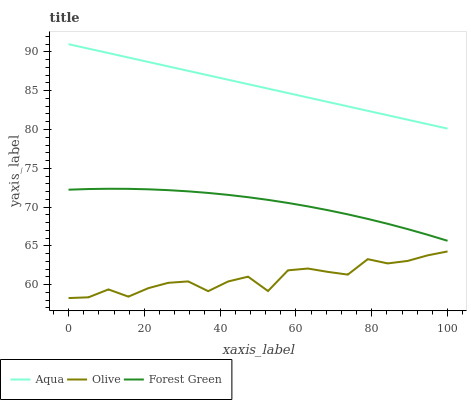
| xaxis_label | Aqua | Olive | Forest Green |
 | --- | --- | --- | --- |
 | 0 | 91 | 58.3 | 72.2 |
 | 5.26 | 90.4 | 58.4 | 72.3 |
 | 10.5 | 89.9 | 59.4 | 72.4 |
 | 15.8 | 89.3 | 58.5 | 72.3 |
 | 21.1 | 88.7 | 59.5 | 72.3 |
 | 26.3 | 88.1 | 60.2 | 72.2 |
 | 31.6 | 87.6 | 60.4 | 72 |
 | 36.8 | 87 | 59.2 | 71.8 |
 | 42.1 | 86.4 | 60.4 | 71.6 |
 | 47.4 | 85.8 | 61 | 71.3 |
 | 52.6 | 85.3 | 59.2 | 70.9 |
 | 57.9 | 84.7 | 61.8 | 70.5 |
 | 63.2 | 84.1 | 62.1 | 70.1 |
 | 68.4 | 83.6 | 61.6 | 69.6 |
 | 73.7 | 83 | 61.3 | 69.1 |
 | 78.9 | 82.4 | 63.3 | 68.5 |
 | 84.2 | 81.8 | 62.7 | 67.8 |
 | 89.5 | 81.3 | 63.1 | 67.2 |
 | 94.7 | 80.7 | 63.8 | 66.4 |
 | 100 | 80.1 | 64.3 | 65.7 |